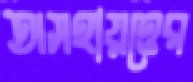
অসহায়ত্তের